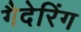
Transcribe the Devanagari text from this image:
गैदेरिंग